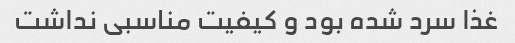
غذا سرد شده بود و کیفیت مناسبی نداشت